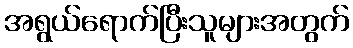
အရွယ်ရောက်ပြီးသူများအတွက်